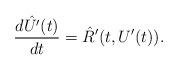
LaTeX: \begin{align*}\frac{d \hat{U'}(t)}{dt} = \hat{R}'(t, U'(t)).\end{align*}